Liigvalla_vallavalitsus, lk 46
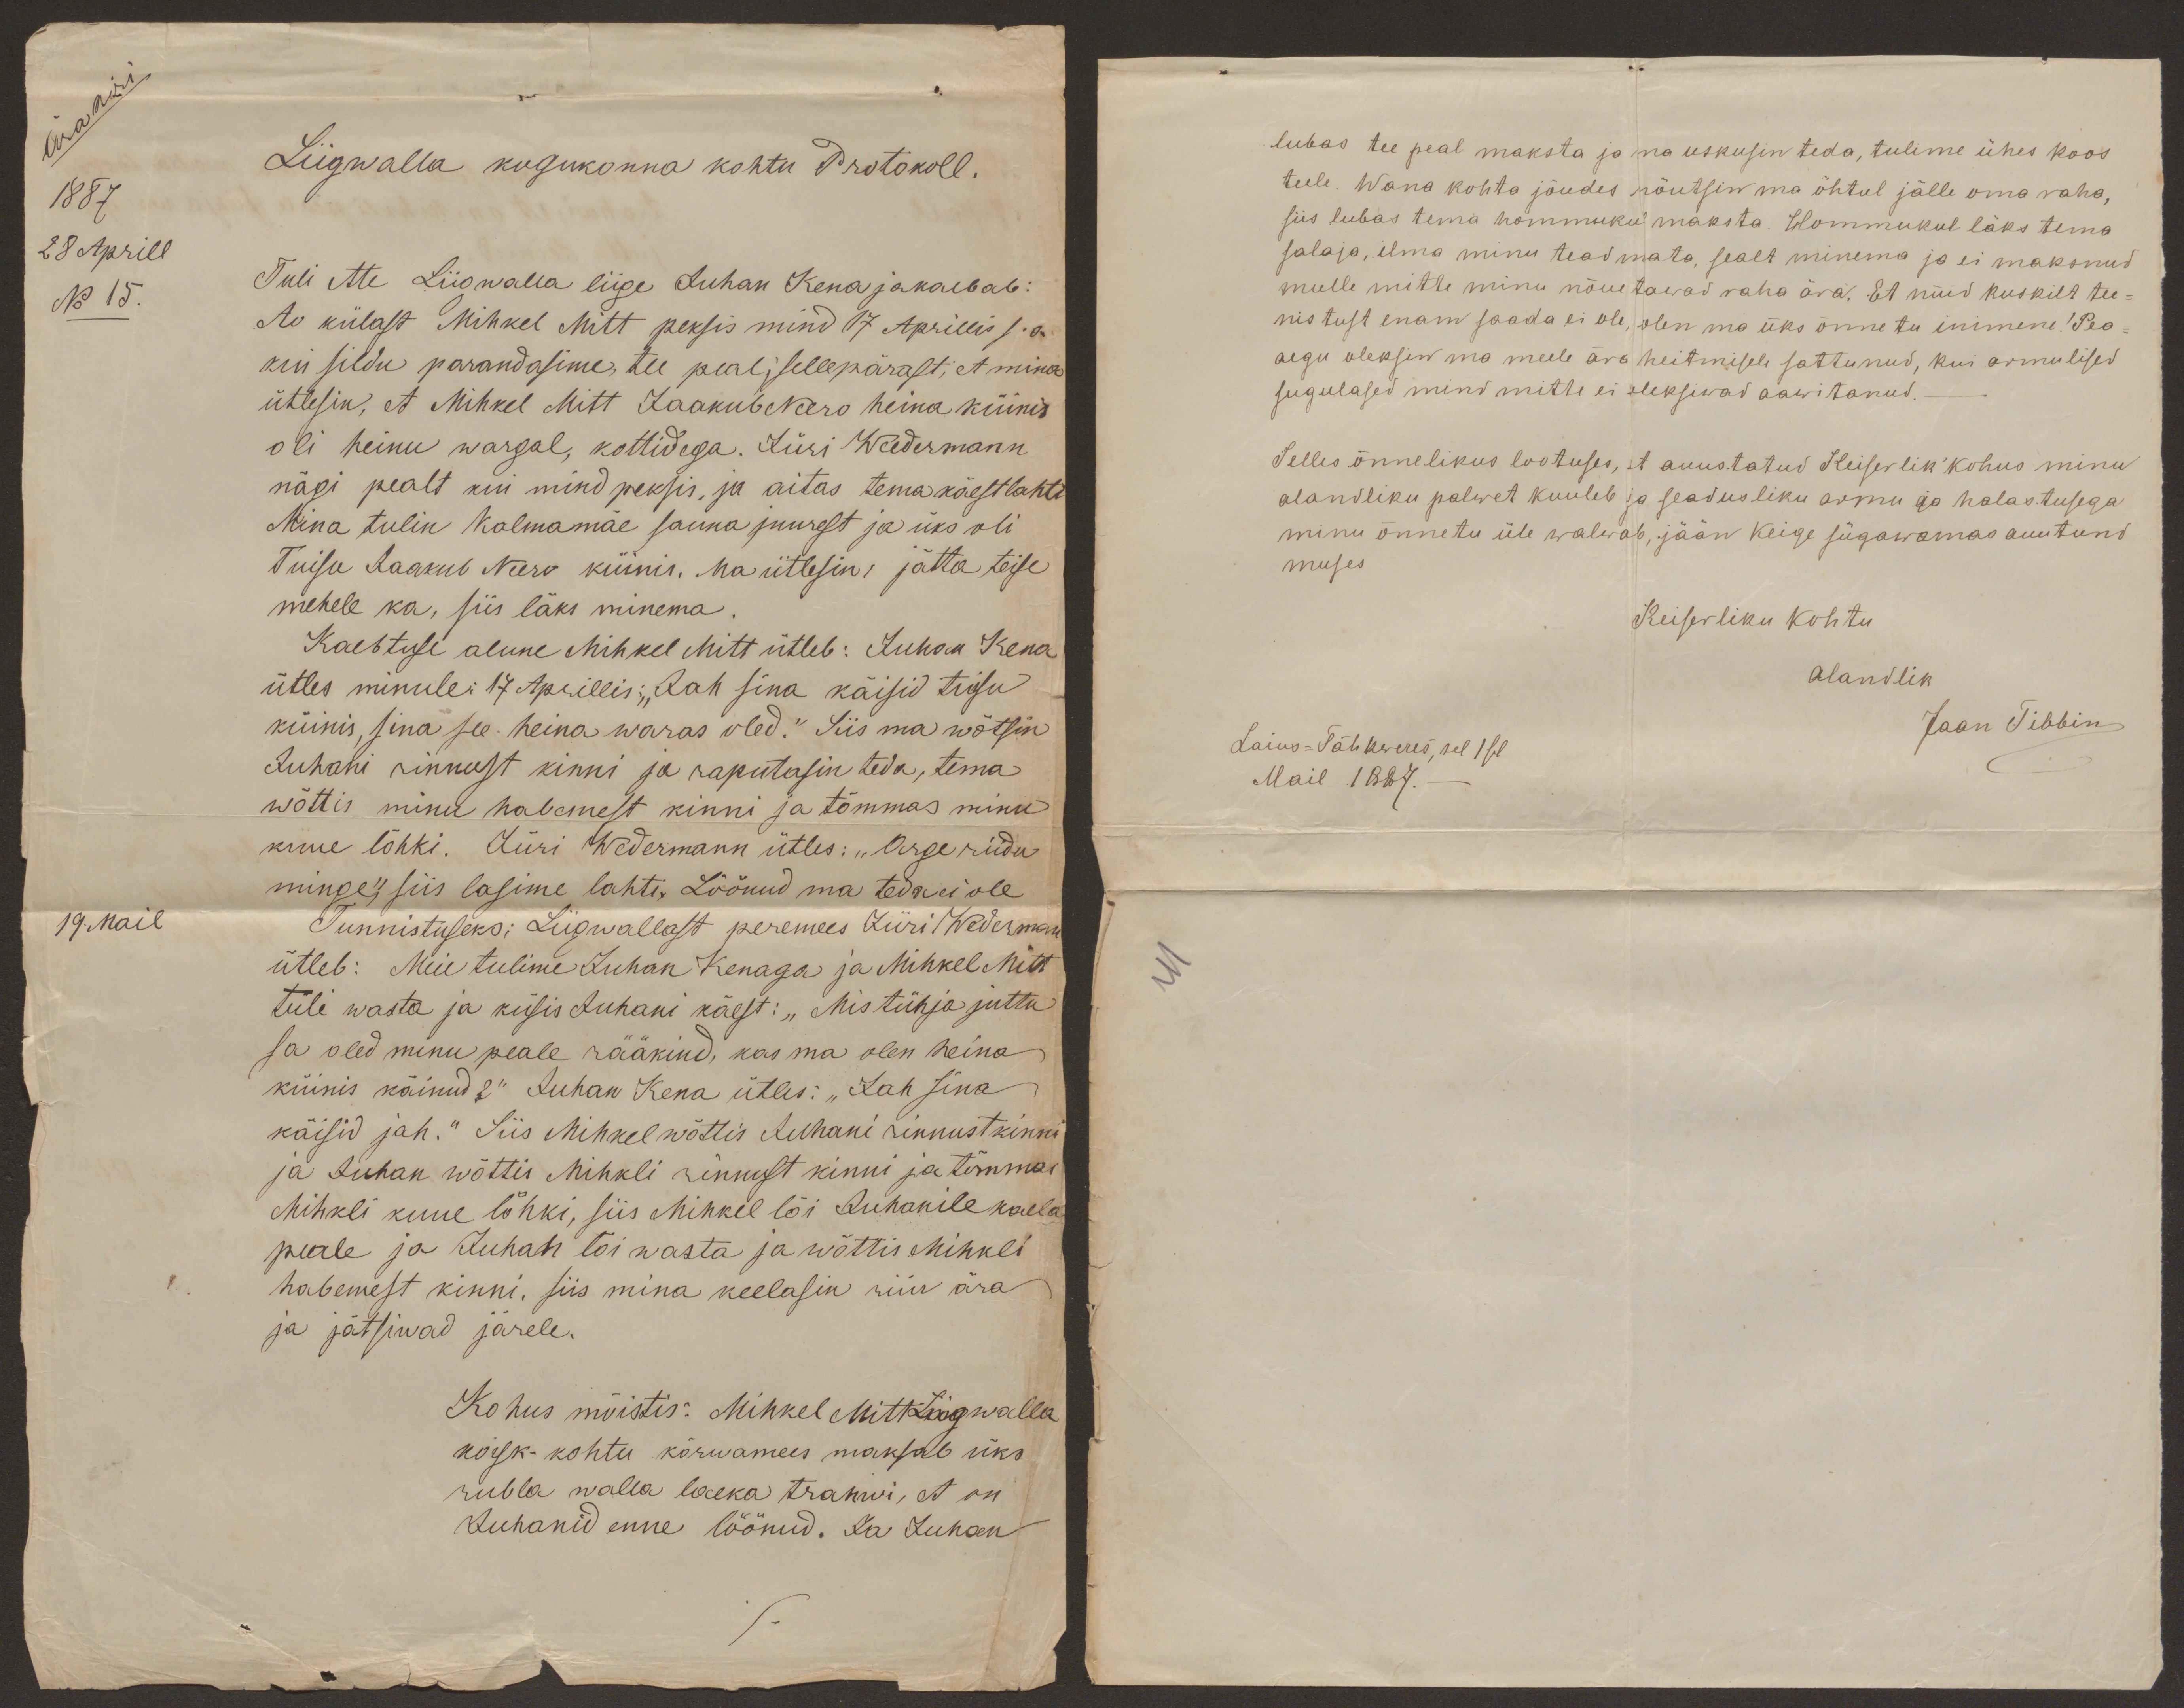
Ärakiri
Liigwalla kogukonna kohtu Protokoll.
1887
28 Aprill
No 15.
Tuli ette Liigwalla liige Juhan Kena ja kaebab:
Ao külast Mihkel Mitt peksis mind 17 Aprillis s.a.
kui sildu parandasime, tee peal, sellepärast, et mina
ütlesin, et Mihkel Mitt Jaakub Neero heina küinis
oli heinu wargal, kottidega. Jüri Weedermann
nägi pealt kui mind peksis, ja aitas tema käest lahti
Mina tulin Kalmamäe sauna juurest ja üks oli
Tuisu Jaakub Neero küinis. Ma ütlesin: jätta teise
mehele ka, siis läks minema.
Kaebtuse alune Mihkel Mitt ütleb: Juhan Kena
ütles minule: 17 Aprillis: "Jah sina käisid tuisu
küinis, sina see heina waras oled." Siis ma wõtsin
Juhani rinnust kinni ja raputasin teda, tema
wõttis minu habemest kinni ja tõmmas minu
kuue lõhki. Jüri Wedermann ütles: "Arge riidu
minge", siis lasime lahti. Löönud ma teda ei ole
19. Mail
Tunnistuseks: Liigwallast peremees Jüri Wederman
ütleb: Meie tulime Juhan Kenaga ja Mihkel Mitt
tuli wasta ja küsis Juhani käest: "Mis tühja juttu
sa oled minu peale rääkind, kas ma olen heina
küinis käinud?" Juhan Kena ütles: "Jah sina
käisid jah." Siis Mihkel wõttis Juhani rinnust kinni
ja Juhan wõttis Mihkli rinnust kinni ja tõmmas
Mihkli kuue lõhki, siis Mihkel lõi Juhanile kaela
peale ja Juhan lõi wasta ja wõttis Mihkli
habemest kinni, siis mina keelasin riiu ära
ja jätsiwad järele.
Kohus mõistis: Mihkel Mitt Liigwalla
kogk. kohtu kõrwamees maksab üks
rubla walla laeka trahwi, et on
Juhanid enne löönud. Ja Juhan

lubas tee peal maksta ja ma uskusin teda, tulime ühes koos-
teele. Wana kohta jõudes nõutsin ma õhtul jälle oma raha,
siis lubas tema hommuku maksta. Hommukul läks tema
salaja, ilma minu teadmata, sealt minema ja ei maksnud
mulle mitte minu nõuetawad raha ära. Et nüid kuskilt tee-
nistust enam saada ei ole, olen ma üks õnnetu inimene! Pea-
aegu oleksin ma meele ära heitmisele sattunud, kui armulised
sugulased mind mitte ei oleksiwad aawitanud.
Selles õnnelikus lootuses, et auustatud Keiserlik kohus minu
alandliku palwet kuuleb ja seadusliku armu ja halastusega
minu õnnetu üle walwab, jään keige sügawamas auutund
muses.
Keiserliku kohtu
Alandlik
Jaan Tibbin
Laius-Tähkweres, sel 1sel
Mail 1887. -